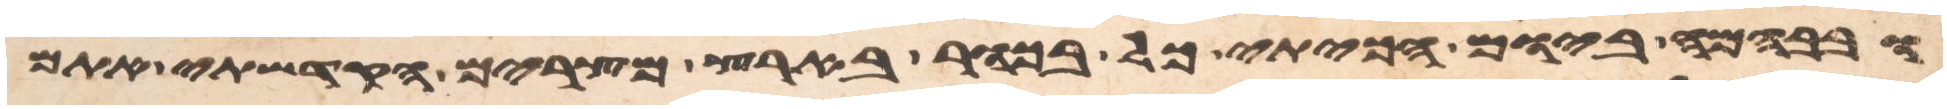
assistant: ובבהמה ביום הכיתי כל בכור בארץ מצרים הקדשתי אתם